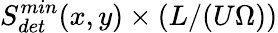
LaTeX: S_{det}^{min}(x,y)\times(L/(U\Omega))